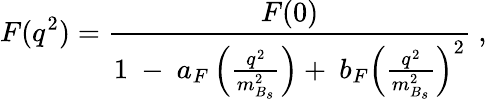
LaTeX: F(q^{2})=\frac{F(0)}{1~-~a_{F}\left(\frac{q^{2}}{m_{B_{s}}^{2}}\right)+~b_{F}\left(\frac{q^{2}}{m_{B_{s}}^{2}}\right)^{2}}~,